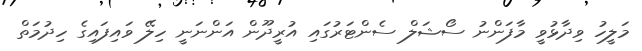
މަލީހު ވިދާޅުވީ މާފަންނު ސޯޝަލް ސެންޓަރުގައި އުރީދޫން އަންނަނީ ހިލޭ ވައިފައިގެ ހިދުމަތް